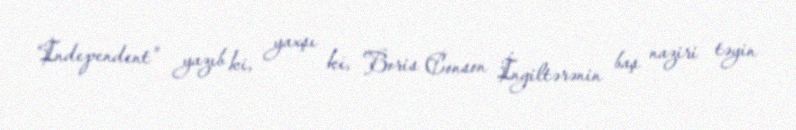
“Independent” yazıb ki, yaxşı ki, Boris Conson İngiltərənin baş naziri təyin